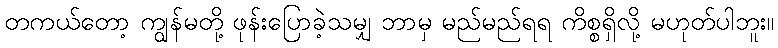
တကယ်တော့ ကျွန်မတို့ ဖုန်းပြောခဲ့သမျှ ဘာမှ မည်မည်ရရ ကိစ္စရှိလို့ မဟုတ်ပါဘူး။